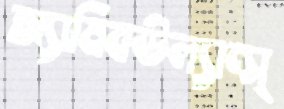
অ্যামিবউল্যান্স্